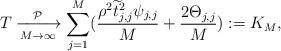
LaTeX: \begin{align*}T \xlongrightarrow[M\rightarrow \infty]{\mathcal{P}} \sum_{j=1}^{M} (\frac{\rho^2\widetilde{t}_{j,j}^2 \psi_{j,j}}{M}+\frac{2\Theta_{j,j}}{M} ):=K_{M},\end{align*}